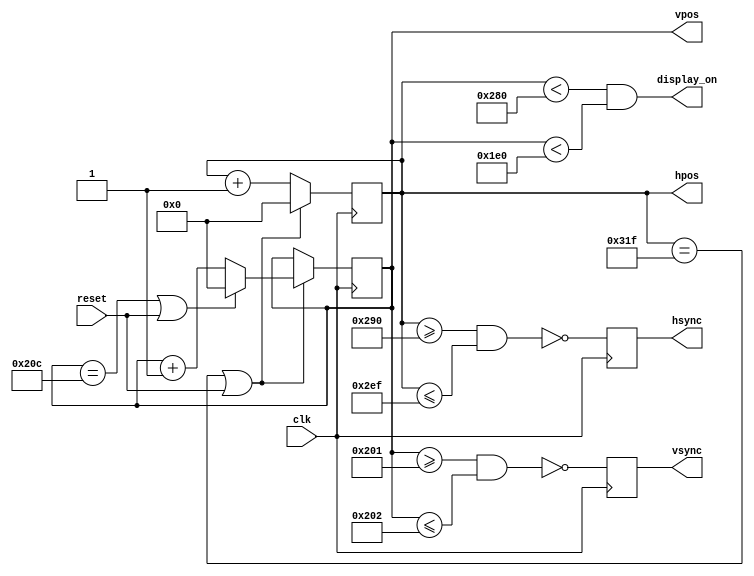

`ifndef VGA640x480_SYNC_GENERATOR
`define VGA640x480_SYNC_GENERATOR

//----------------------------------------------------------------------
// Video sync generator, used to drive a VGA display at 640x480 @60Hz
// Notes:
//    Wire the hsync and vsync signals to top level outputs
//    Add a 3-bit (or more) "rgb" output to the top level
//----------------------------------------------------------------------

module vga640x480_sync_gen(
    // inputs
    clk,           // 25.175 MHz clock input
    reset,         // reset
    // outputs
    hsync,         // horizonal sync pulse
    vsync,         // vertical sync pulse
    display_on,    // indicates within active display area
    hpos,          // 10-bit horizonal position
    vpos           // 10-bit vertical position
  );

  input clk;
  input reset;
  output reg hsync = 1'b1;
  output reg vsync = 1'b1;
  output display_on;
  output reg [9:0] hpos = 10'b0;
  output reg [9:0] vpos = 10'b0;

  // horizontal constants
  parameter H_DISPLAY       = 640; // horizontal display width
  parameter H_BACK          =  48; // horizontal left border (back porch)
  parameter H_FRONT         =  16; // horizontal right border (front porch)
  parameter H_SYNC          =  96; // horizontal sync width
  // vertical constants
  parameter V_DISPLAY       = 480; // vertical display height
  parameter V_TOP           =  10; // vertical top border
  parameter V_BOTTOM        =  33; // vertical bottom border
  parameter V_SYNC          =   2; // vertical sync # lines

  // derived constants
  parameter H_SYNC_START    = H_DISPLAY + H_FRONT;
  parameter H_SYNC_END      = H_DISPLAY + H_FRONT + H_SYNC - 1;
  parameter H_MAX           = H_DISPLAY + H_BACK + H_FRONT + H_SYNC - 1;
  parameter V_SYNC_START    = V_DISPLAY + V_BOTTOM;
  parameter V_SYNC_END      = V_DISPLAY + V_BOTTOM + V_SYNC - 1;
  parameter V_MAX           = V_DISPLAY + V_TOP + V_BOTTOM + V_SYNC - 1;

  wire hmaxxed = (hpos == H_MAX) || reset;	// set when hpos is maximum
  wire vmaxxed = (vpos == V_MAX) || reset;	// set when vpos is maximum
  
  // horizontal position counter
  always @(posedge clk)
  begin
    hsync <= ~(hpos>=H_SYNC_START && hpos<=H_SYNC_END);
    if (hmaxxed)
      hpos <= 0;
    else
      hpos <= hpos + 1;
  end

  // vertical position counter
  always @(posedge clk)
  begin
    vsync <= ~(vpos>=V_SYNC_START && vpos<=V_SYNC_END);
    if (hmaxxed)
      if (vmaxxed)
        vpos <= 0;
      else
        vpos <= vpos + 1;
  end
  
  // display_on is set when beam is active display area
  assign display_on = (hpos<H_DISPLAY) && (vpos<V_DISPLAY);

endmodule

`endif